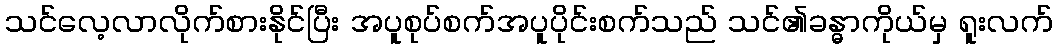
သင်လေ့လာလိုက်စားနိုင်ပြီး အပူစုပ်စက်အပူပိုင်းစက်သည် သင်၏ခန္ဓာကိုယ်မှ ရူးလက်